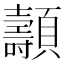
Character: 𩕯